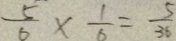
\frac { 5 } { 6 } \times \frac { 1 } { 6 } = \frac { 5 } { 3 6 }